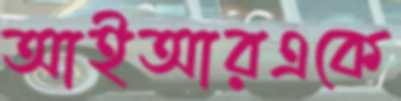
আইআরএকে